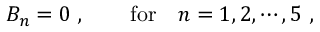
B _ { n } = 0 \ , ~ ~ ~ ~ ~ ~ \mathrm { f o r } ~ ~ ~ n = 1 , 2 , \cdots , 5 \ ,